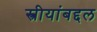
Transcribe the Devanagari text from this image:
स्त्रीयांबद्दल